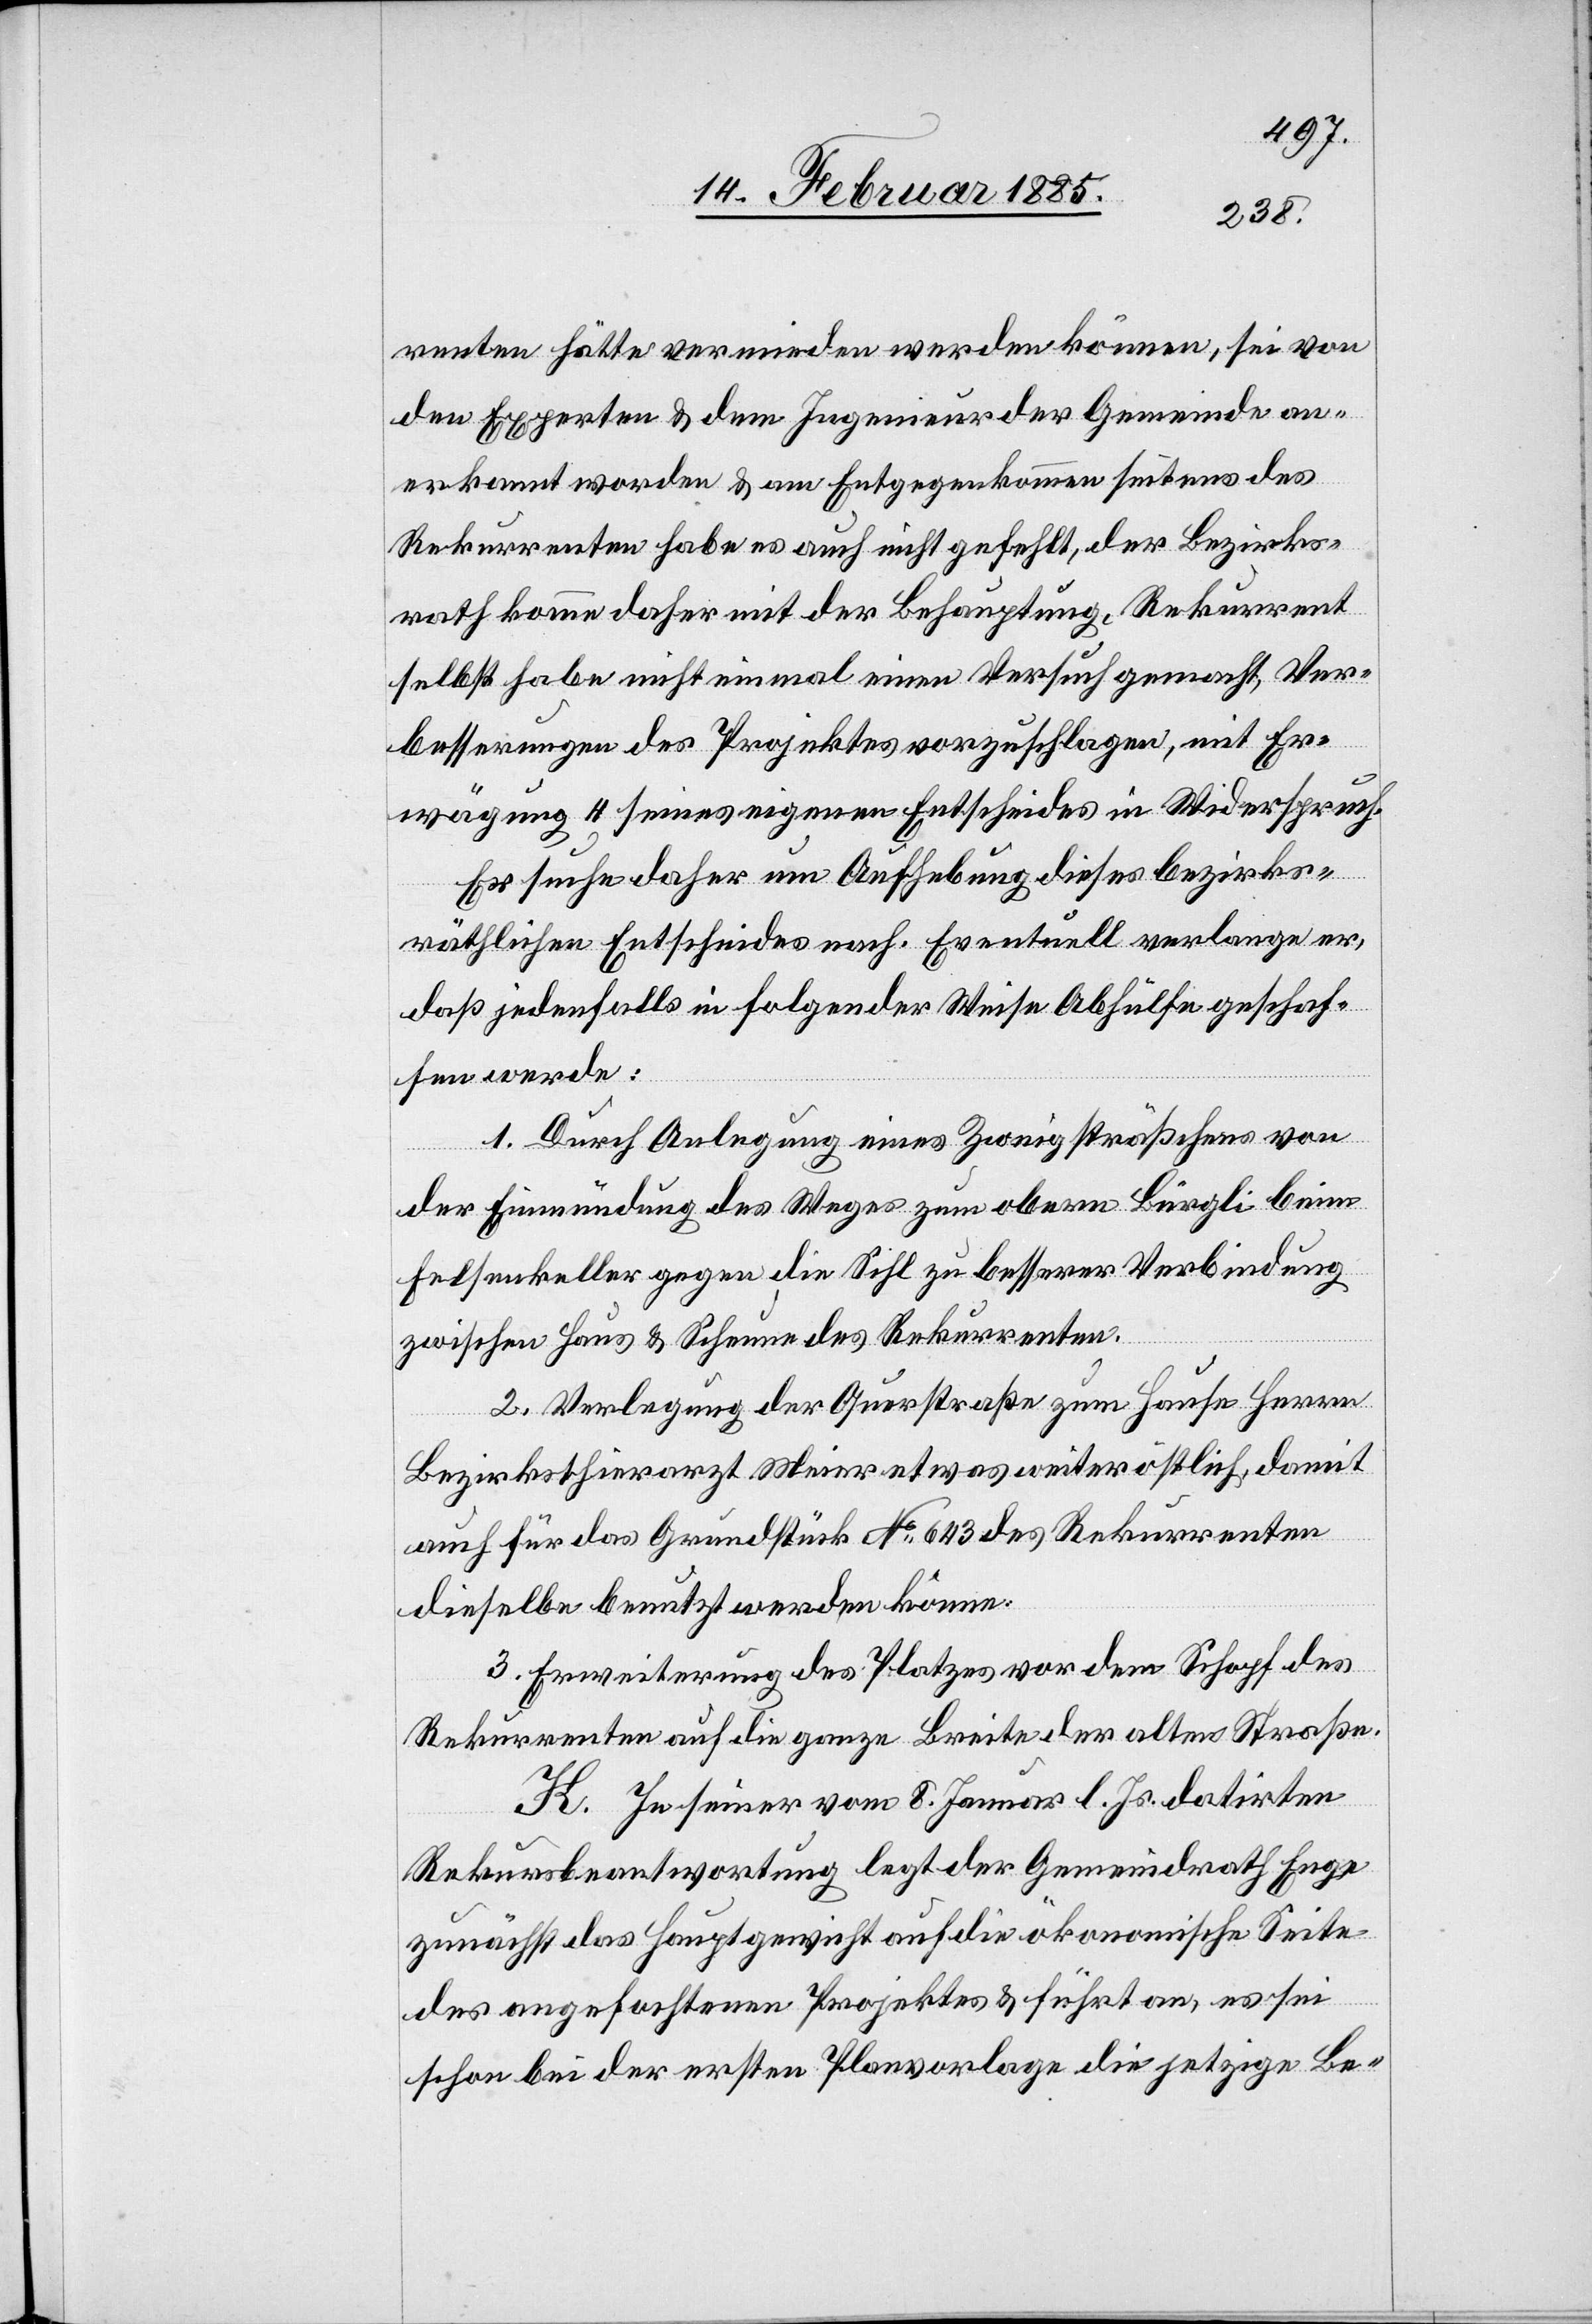
renten hätte vermieden werden können, sei von
dem Experten & dem Ingenieur der Gemeinde an¬
erkannt worden & im Entgegenkommen seitens des
Rekurrenten habe es auch nicht gefehlt, der Bezirks¬
rath komme daher mit der Behauptung, Rekurrent
selbst habe nicht einmal einen Versuch gemacht, Ver¬
besserungen des Projektes vorzuschlagen, mit Er¬
wägung 4 seines eigenen Entscheides in Widerspruch.
Er suche daher um Aufhebung dieses bezirks¬
räthlichen Entscheides nach. Eventuell verlange er,
daß jedenfalls in folgender Weise Abhülfe geschaf¬
fen werde:
1. Durch Anlegung eines Zweigsträßchens von
der Einmündung des Weges zu obern Bürgli beim
Felsenkeller gegen die Sihl zu besserer Verbindung
zwischen Haus & Scheune des Rekurrenten.
2. Verlegung der Querstraße zum Hause [des] Herren
Bezirksthierarzt Meier etwas weiter östlich, damit
auch für das Grundstück No 643 des Rekurrenten
dieselbe benutzt werden könne.
3. Erweiterung des Platzes vor dem Schopf des
Rekurrenten auf die ganze Breite der alten Straße.
K. In seiner vom 8. Januar l. Js. datirten
Rekursbeantwortung legt der Gemeindrath Enge
zunächst das Hauptgewicht auf die ökonomische Seite
des angefochtenen Projektes & führt an, es sei
schon bei der ersten Planvorlage die jetzige Be-